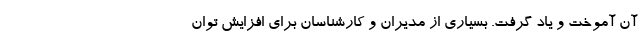
آن آموخت و یاد گرفت. بسیاری از مدیران و کارشناسان برای افزایش توان